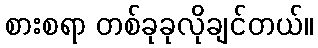
စားစရာ တစ်ခုခုလိုချင်တယ်။